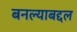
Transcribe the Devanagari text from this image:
बनल्याबद्दल